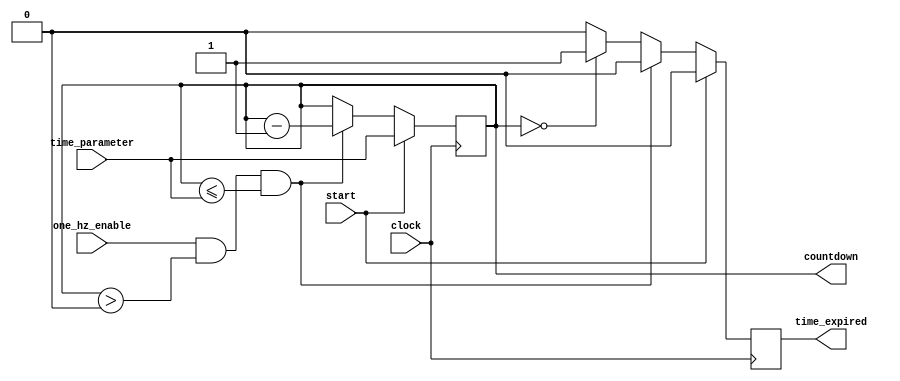
`timescale 1ns / 1ps
//////////////////////////////////////////////////////////////////////////////////
// Company: 
// 
// Design Name: 
// Module Name: timer
// Project Name: 
// Target Devices: 
// Tool Versions: 
// Description: timer counts down the number of seconds specified by the time parameter
// 
// Dependencies: 
// 
// Revision:
// Revision 0.01 - File Created
// Additional Comments:
// 
//////////////////////////////////////////////////////////////////////////////////


module timer(
    input clock,                    // clock
    input [5:0] time_parameter,    // seconds in countdown before timer expires
    input start,                    // timer starts countdown when start is asserted
    input one_hz_enable,            // asserted once per second
    output [5:0] countdown,        // countdown from time_parameter
    output time_expired             // asserted when countdown reaches 0
    );
    
    reg [5:0] counter;
    reg time_exp;
    
    always @(posedge clock) begin
        // reset counter to time_parameter at start 
        if (start) begin
            counter <= time_parameter;
            time_exp <= 0;
        end
        // decrease counter every second when one_hz_enable is high and counter is in (0, time_parameter]
        else if (one_hz_enable && counter > 0 && counter <= time_parameter) begin
            counter <= counter - 1;
            time_exp <= 0;
        end
        // if counter is 0, then time has expired
        else if (counter == 0 ) begin
            time_exp <= 1;
        end
        else begin
            time_exp <= 0;
        end
    end
    
    assign countdown = counter;
    assign time_expired = time_exp;
    
endmodule